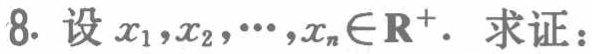
设 \(x_{1},x_{2},\cdots,x_{n}\in\mathbf{R}^{+}\). 求证：